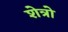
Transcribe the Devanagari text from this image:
शेत्रो